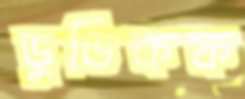
ডুডিকফ